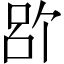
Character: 𪡉